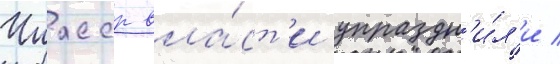
Чиасср вла́ст'и упраздн'и́л'и /